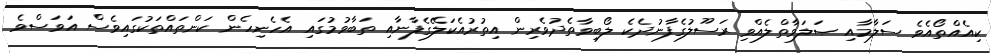
ކިއެއްތޯއެވެ ސަލާމާއި ޞަލަވާތްލެއްވި ރަސޫލުގެފާނުދެކެ ލޯބިވާތެދުވެރިން އިތުރުއެކަލޭގެފާނާއި ތަބާވުމުގައި އެހެނިހެން ކަންތައްތަކުގައިވެސް އަވަސްވެ